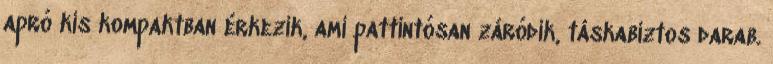
apró kis kompaktban érkezik, ami pattintósan záródik, táskabiztos darab.